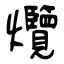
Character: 爦